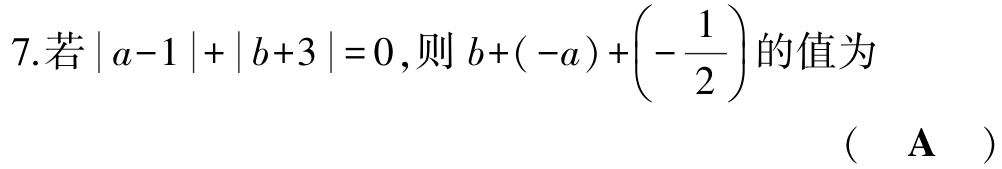
7.若\(\vert a - 1\vert+\vert b + 3\vert = 0\),则\(b+(-a)+\left(-\dfrac{1}{2}\right)\)的值为 （  \(\mathbf{A}\)  ）